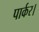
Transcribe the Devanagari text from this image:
पार्कर।